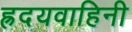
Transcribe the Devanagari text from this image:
ह्रदयवाहिनी